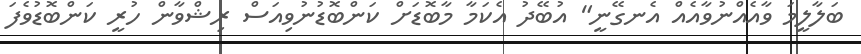
ބަލާލީމަ ވާއެއްނުވާއެއް އެނގޭނީ" އުބޭދު އެކަމާ މާބޮޑަށް ކަންބޮޑުނުވިއަސް ރިޝްވާން ހުރީ ކަންބޮޑުވެފަ